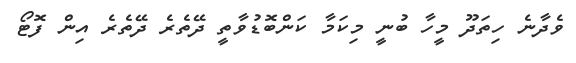
ވެދާނެ ހިތަދޫ މީހާ ބުނީ މިކަމާ ކަންބޮޑުވާތީ ދޭތެރެ ދޭތެރެ އިން ފޮޓޯ